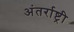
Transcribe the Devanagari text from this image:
अंतर्राष्ट्री